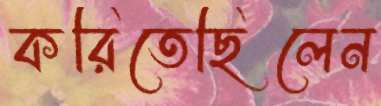
করিতেছিলেন